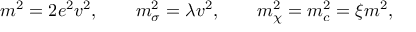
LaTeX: m ^ { 2 } = 2 e ^ { 2 } v ^ { 2 } , \qquad m _ { \sigma } ^ { 2 } = \lambda v ^ { 2 } , \qquad m _ { \chi } ^ { 2 } = m _ { c } ^ { 2 } = \xi m ^ { 2 } ,